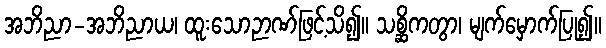
အဘိညာ-အဘိညာယ၊ ထူးသောဉာဏ်ဖြင့်သိ၍။ သစ္ဆိကတွာ၊ မျက်မှောက်ပြု၍။